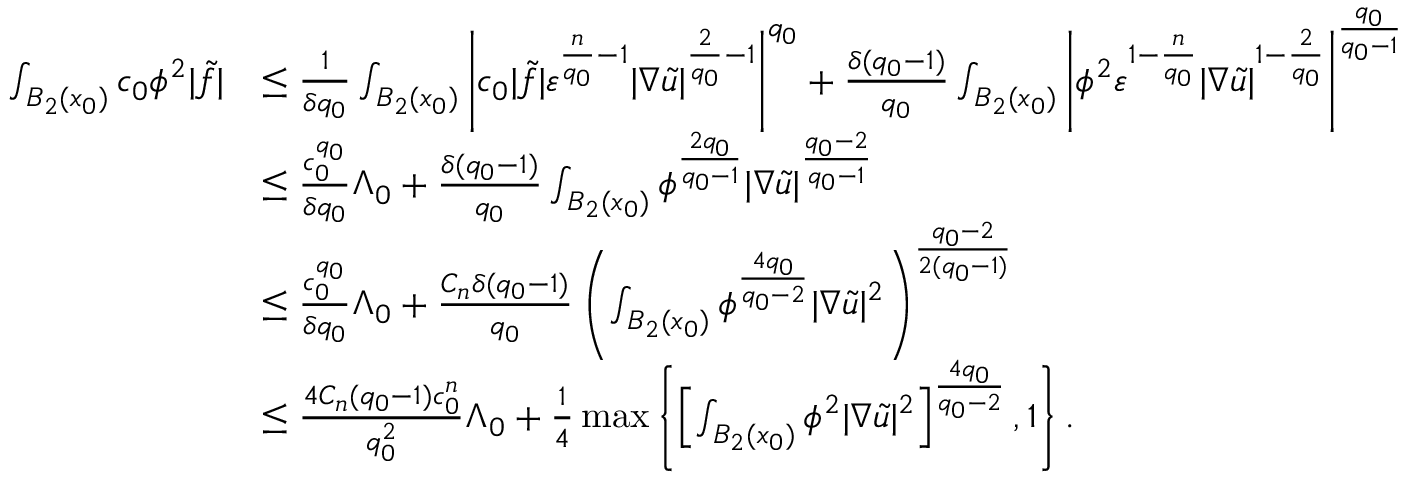
\begin{array} { r l } { \int _ { B _ { 2 } ( x _ { 0 } ) } c _ { 0 } \phi ^ { 2 } | \tilde { f } | } & { \leq \frac { 1 } { \delta q _ { 0 } } \int _ { B _ { 2 } ( x _ { 0 } ) } \left| c _ { 0 } | \tilde { f } | \varepsilon ^ { \frac { n } { q _ { 0 } } - 1 } | \nabla \tilde { u } | ^ { \frac { 2 } { q _ { 0 } } - 1 } \right| ^ { q _ { 0 } } + \frac { \delta ( q _ { 0 } - 1 ) } { q _ { 0 } } \int _ { B _ { 2 } ( x _ { 0 } ) } \left| \phi ^ { 2 } \varepsilon ^ { 1 - \frac { n } { q _ { 0 } } } | \nabla \tilde { u } | ^ { 1 - \frac { 2 } { q _ { 0 } } } \right| ^ { \frac { q _ { 0 } } { q _ { 0 } - 1 } } } \\ & { \leq \frac { c _ { 0 } ^ { q _ { 0 } } } { \delta q _ { 0 } } \Lambda _ { 0 } + \frac { \delta ( q _ { 0 } - 1 ) } { q _ { 0 } } \int _ { B _ { 2 } ( x _ { 0 } ) } \phi ^ { \frac { 2 q _ { 0 } } { q _ { 0 } - 1 } } | \nabla \tilde { u } | ^ { \frac { q _ { 0 } - 2 } { q _ { 0 } - 1 } } } \\ & { \leq \frac { c _ { 0 } ^ { q _ { 0 } } } { \delta q _ { 0 } } \Lambda _ { 0 } + \frac { C _ { n } \delta ( q _ { 0 } - 1 ) } { q _ { 0 } } \left( \int _ { B _ { 2 } ( x _ { 0 } ) } \phi ^ { \frac { 4 q _ { 0 } } { q _ { 0 } - 2 } } | \nabla \tilde { u } | ^ { 2 } \right) ^ { \frac { q _ { 0 } - 2 } { 2 ( q _ { 0 } - 1 ) } } } \\ & { \leq \frac { 4 C _ { n } ( q _ { 0 } - 1 ) c _ { 0 } ^ { n } } { q _ { 0 } ^ { 2 } } \Lambda _ { 0 } + \frac { 1 } { 4 } \operatorname* { m a x } \left\{ \left[ \int _ { B _ { 2 } ( x _ { 0 } ) } \phi ^ { 2 } | \nabla \tilde { u } | ^ { 2 } \right] ^ { \frac { 4 q _ { 0 } } { q _ { 0 } - 2 } } , 1 \right\} . } \end{array}